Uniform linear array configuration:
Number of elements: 8
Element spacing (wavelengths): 0.5
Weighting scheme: uniform
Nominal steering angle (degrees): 15
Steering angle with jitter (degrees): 13.479
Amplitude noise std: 0.05
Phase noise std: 0.05

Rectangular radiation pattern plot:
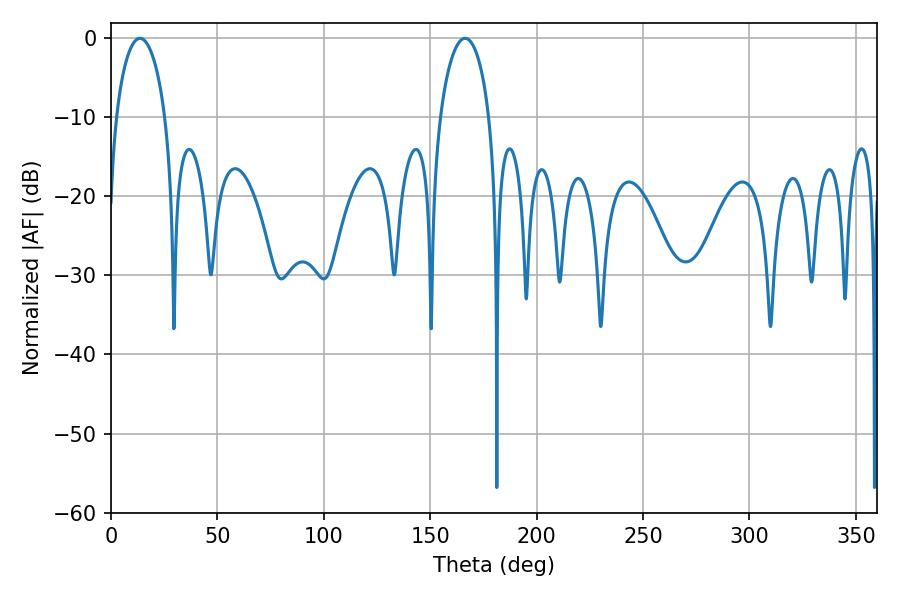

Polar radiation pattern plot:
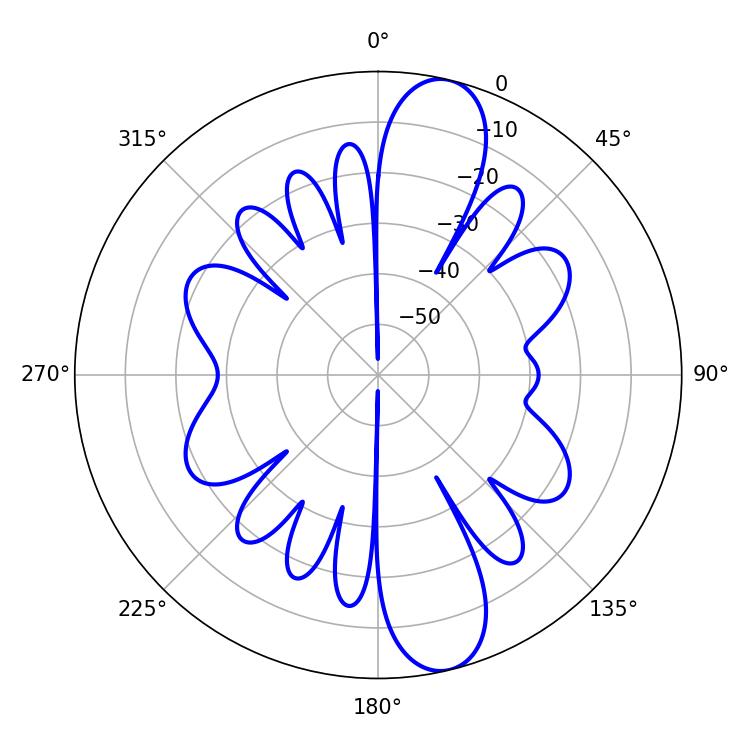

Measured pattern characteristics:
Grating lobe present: FALSE
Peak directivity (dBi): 12.383
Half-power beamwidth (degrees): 13.32
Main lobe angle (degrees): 13.68